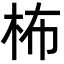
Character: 柨